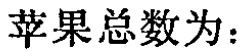
苹果总数为：